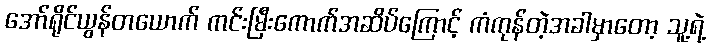
အော်ရိုင်ယွန်တယောက် ကင်းမြီးကောက်အဆိပ်ကြောင့် ကံကုန်တဲ့အခါမှာတော့ သူ့ရဲ့